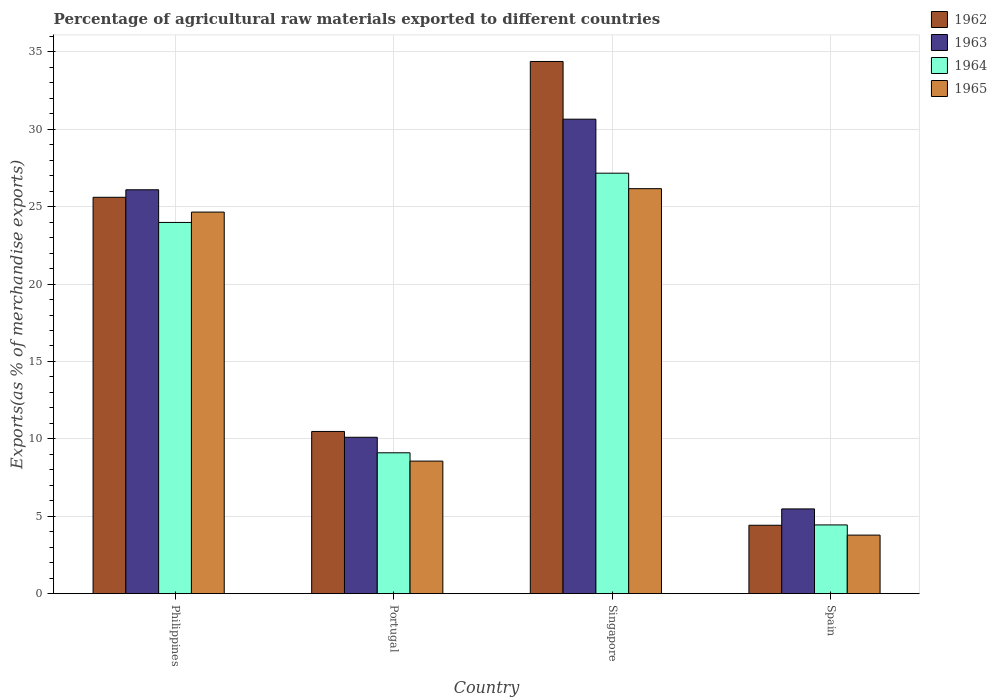
| Country | 1962 | 1963 | 1964 | 1965 |
 | --- | --- | --- | --- | --- |
 | Philippines | 25.6 | 26.1 | 24 | 24.6 |
 | Portugal | 10.5 | 10.1 | 9.1 | 8.56 |
 | Singapore | 34.4 | 30.6 | 27.2 | 26.2 |
 | Spain | 4.42 | 5.47 | 4.44 | 3.78 |